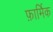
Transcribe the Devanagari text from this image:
फ़ार्मिक